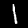
Digit: 1